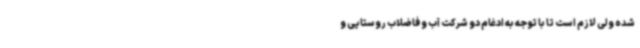
شده ولی لازم است تا با توجه به ادغام دو شرکت آب و فاضلاب روستایی و